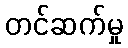
တင်ဆက်မှု